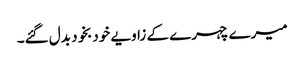
میرے چہرے کے زاویے خودبخود بدل گئے۔